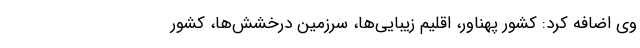
وی اضافه کرد: کشور پهناور، اقلیم زیبایی‌ها، سرزمین درخشش‌ها، کشور